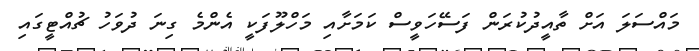
މައްސަލަ އަށް ތާއީދުކުރަން ފަސޭހަވީސް ކަމަށާއި މަހްލޫފަކީ އެންމެ ގިނަ ދުވަހު ޗުއްޓީގައި